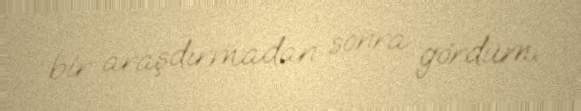
bir araşdırmadan sonra gördüm.